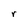
Character: r